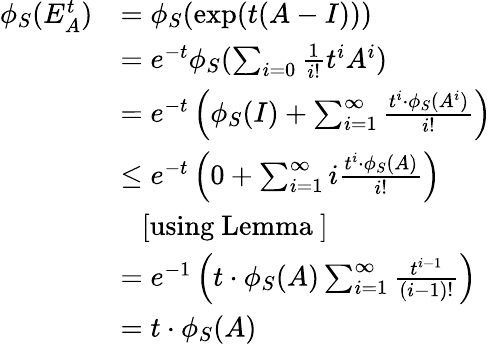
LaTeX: \begin{array}{rl}{\phi_{S}(E_{A}^{t})}&{=\phi_{S}(\exp(t(A-I)))}\\ &{=e^{-t}\phi_{S}(\sum_{i=0}\frac{1}{i!}t^{i}A^{i})}\\ &{=e^{-t}\left(\phi_{S}(I)+\sum_{i=1}^{\infty}\frac{t^{i}\cdot\phi_{S}(A^{i})}{i!}\right)}\\ &{\leq e^{-t}\left(0+\sum_{i=1}^{\infty}i\frac{t^{i}\cdot\phi_{S}(A)}{i!}\right)}\\ &{\ \ \ [\mathrm{using~Lemma~}]}\\ &{=e^{-1}\left(t\cdot\phi_{S}(A)\sum_{i=1}^{\infty}\frac{t^{i-1}}{(i-1)!}\right)}\\ &{=t\cdot\phi_{S}(A)}\end{array}